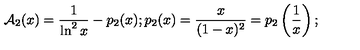
{ \cal A } _ { 2 } ( x ) = \frac { 1 } { \ln ^ { 2 } x } - p _ { 2 } ( x ) ; p _ { 2 } ( x ) = \frac { x } { ( 1 - x ) ^ { 2 } } = p _ { 2 } \left( \frac { 1 } { x } \right) ;